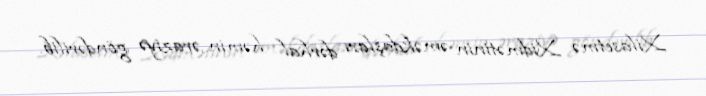
Xilasetmə Xidmətinin əməkdaşları dərhal həmin əraziyə göndərilib.